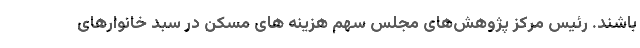
باشند. رئیس مرکز پژوهش‌های مجلس سهم هزینه های مسکن در سبد خانوارهای